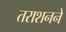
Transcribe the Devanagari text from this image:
तराशनने